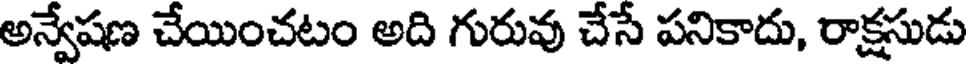
అన్వేషణ చేయించటం అది గురువు చేసే పనికాదు, రాక్షసుడు